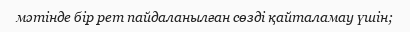
мәтінде бір рет пайдаланылған сөзді қайталамау үшін;